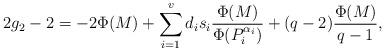
LaTeX: \begin{align*}2g_2 - 2 = -2\Phi(M) + \sum_{i = 1}^v d_is_i\frac{\Phi(M)}{\Phi(P_i^{\alpha_i})} + (q-2)\frac{\Phi(M)}{q-1},\end{align*}